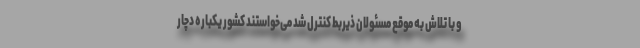
و با تلاش به موقع مسئولان ذیربط کنترل شد می‌خواستند کشور یکباره دچار